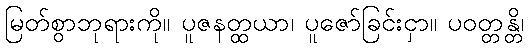
မြတ်စွာဘုရားကို။ ပူဇနတ္ထယာ၊ ပူဇော်ခြင်းငှာ။ ပဝတ္တန္တိ၊